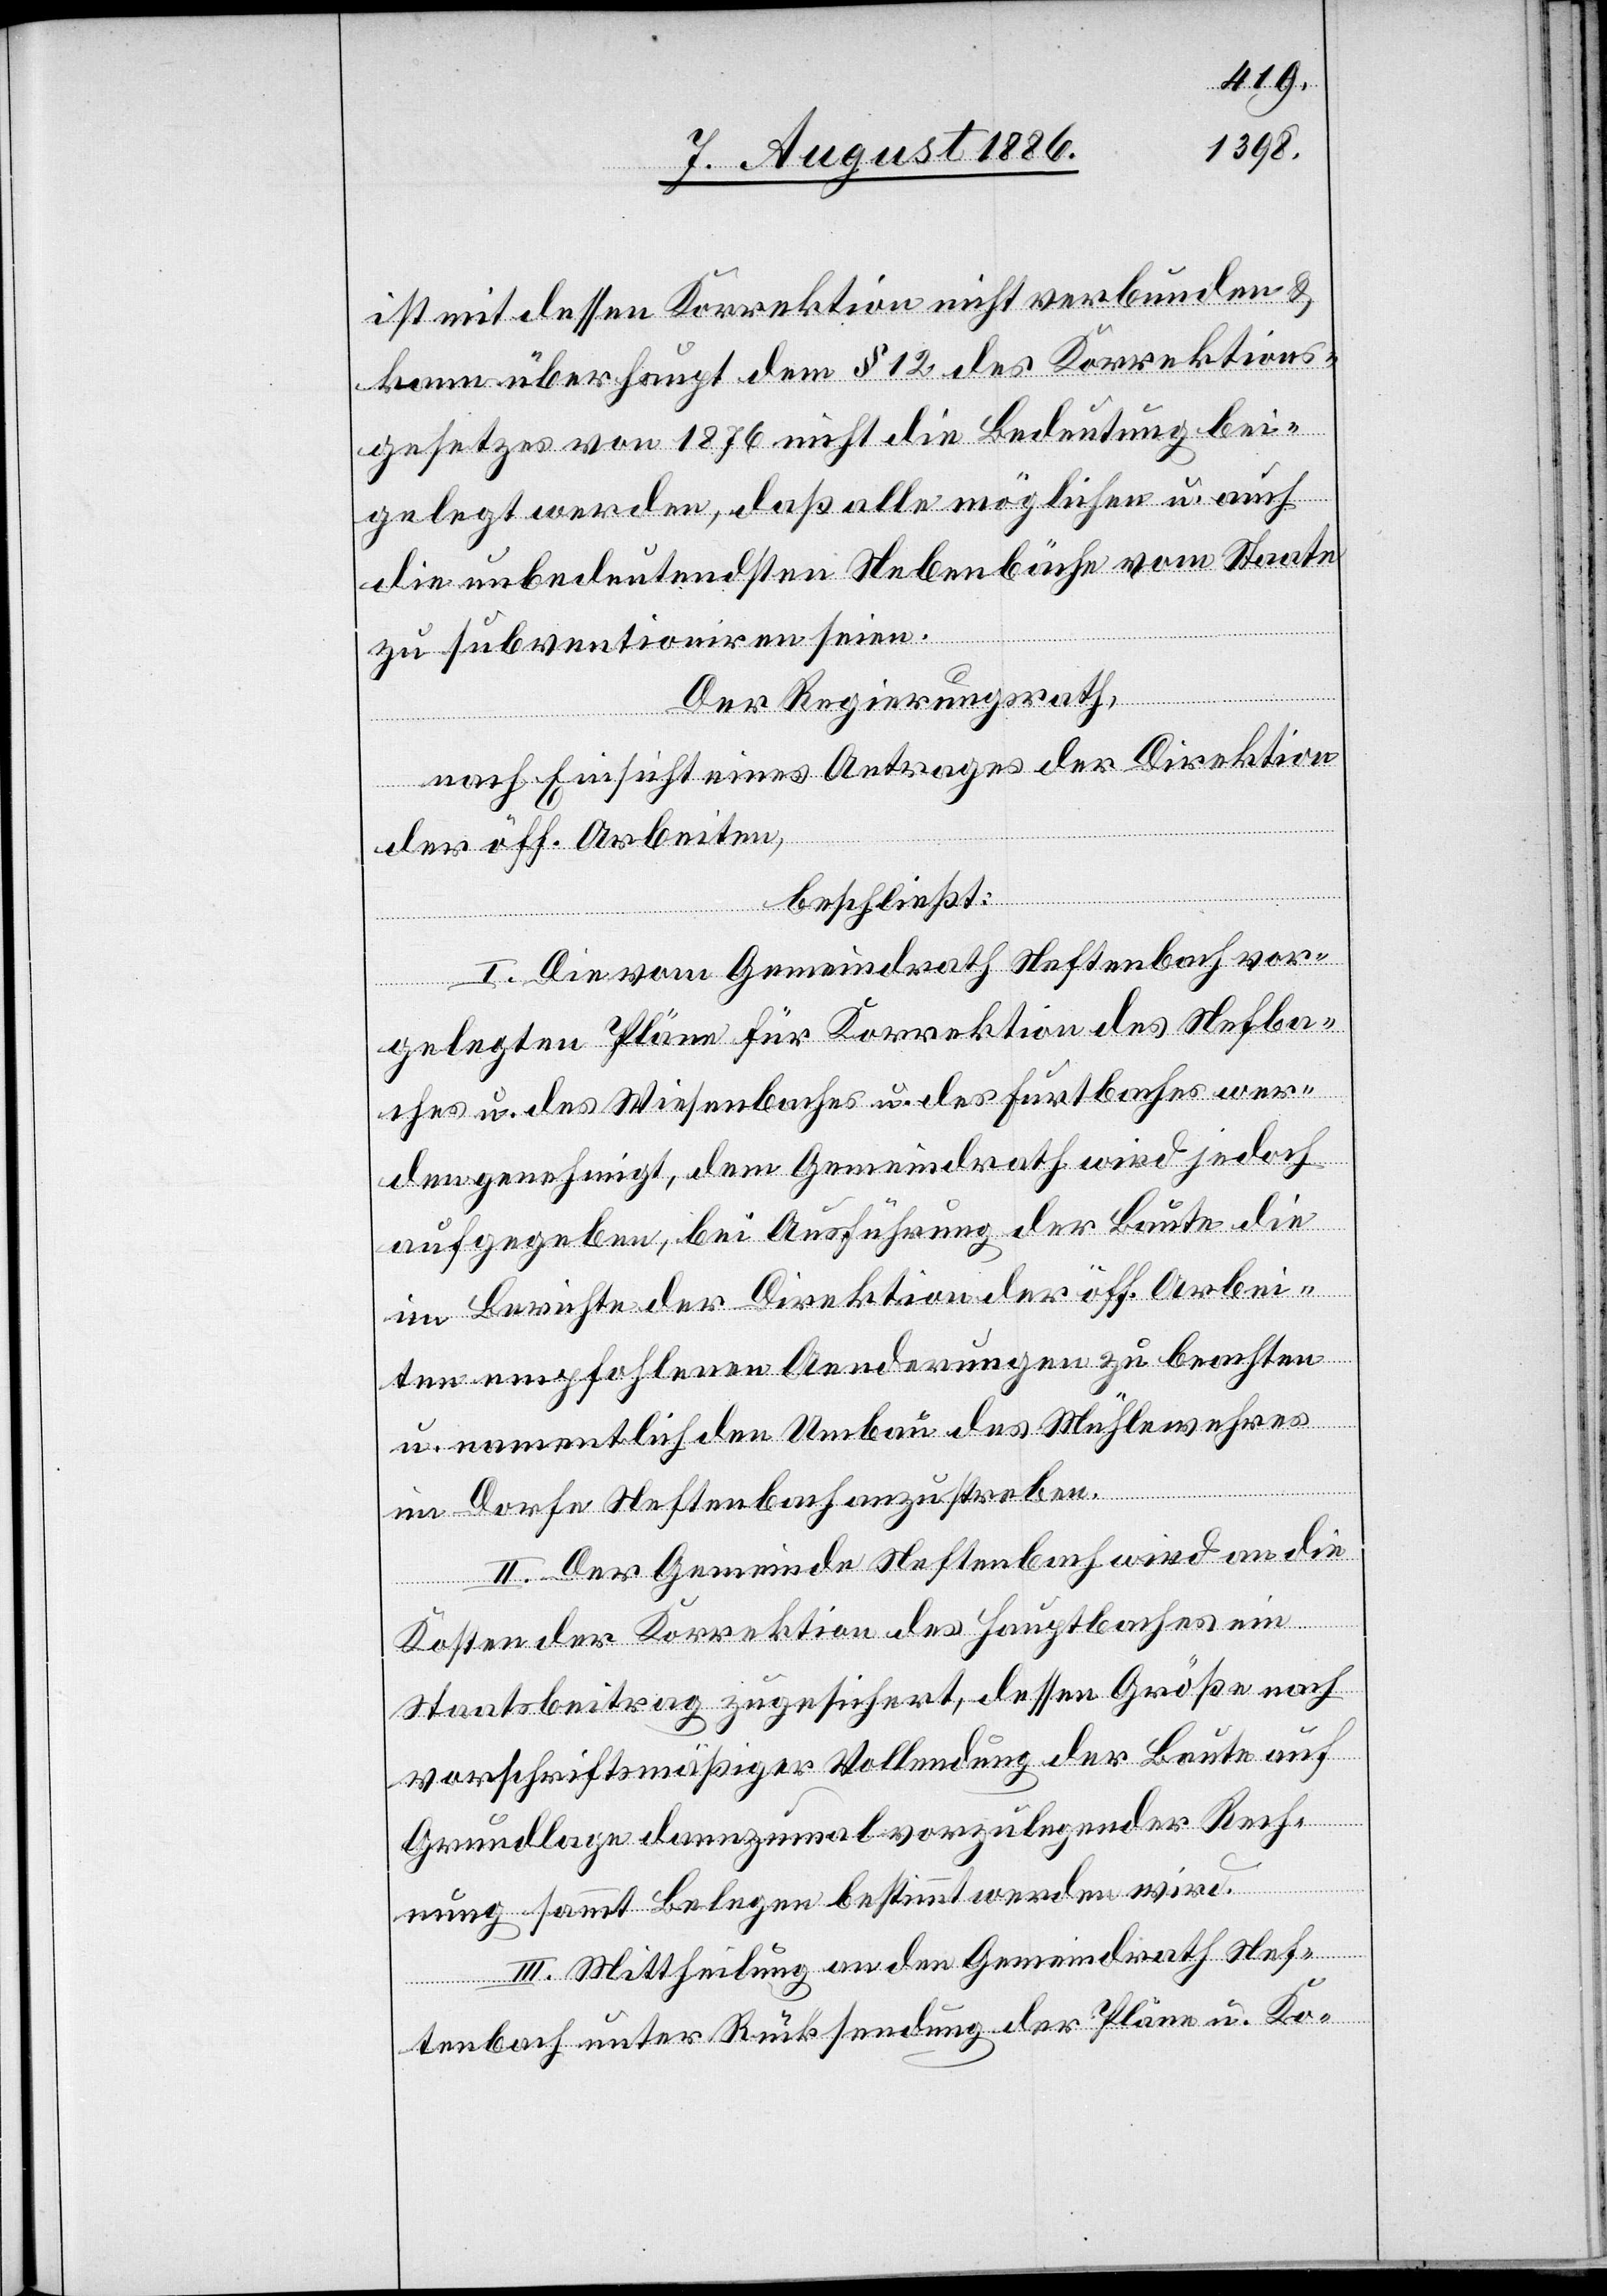
ist mit dessen Korrektion nicht verbunden &
kann überhaupt dem § 12 des Korrektions¬
gesetzes von 1876 nicht die Bedeutung bei¬
gelegt werden, daß alle möglichen u. auch
die unbedeutendsten Nebenbäche vom Staate
zu subventioniren seien.
Der Regierungsrath,
nach Einsicht eines Antrages der Direktion
der öff. Arbeiten,
beschließt:
I. Die vom Gemeindrath Neftenbach vor¬
gelegten Pläne für die Korrektion des Nefba¬
ches u. des Wiesenbaches u. des Furtbaches wer¬
den genehmigt, dem Gemeindrath wird jedoch
aufgegeben, bei Ausführung der Baute die
im Berichte der Direktion der öff. Arbei¬
ten empfohlenen Aenderungen zu beachten
u. namentlich den Umbau des Mühlewehres
im Dorfe Neftenbach anzustreben.
II. Der Gemeinde Neftenbach wird an die
Kosten der Korrektion des Hauptbaches ein
Staatsbeitrag zugesichert, dessen Größe nach
vorschriftsmäßiger Vollendung der Baute auf
Grundlage dannzumal vorzulegender Rech¬
nung sammt Belegen bestimmt werden wird.
III. Mittheilung an den Gemeindrath Nef¬
tenbach unter Rücksendung der Pläne u. Ko-